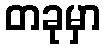
တခုမှာ